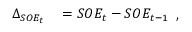
\begin{array} { r l } { \Delta _ { S O E _ { t } } } & { { } = S O E _ { t } - S O E _ { t - 1 } } \end{array} ,